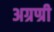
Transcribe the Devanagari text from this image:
अग्रण्री